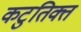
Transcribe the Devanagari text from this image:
कटुतिक्त